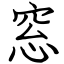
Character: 窓